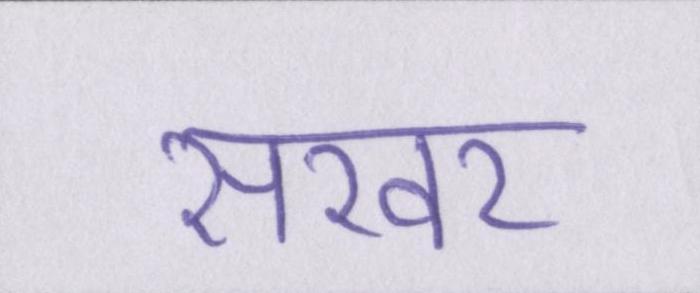
सरवर